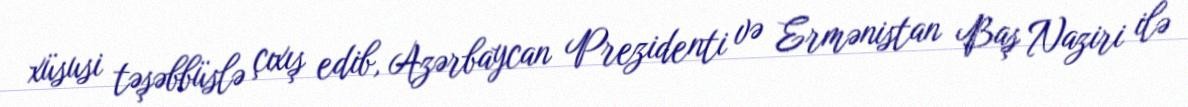
xüsusi təşəbbüslə çıxış edib, Azərbaycan Prezidenti və Ermənistan Baş Naziri ilə